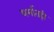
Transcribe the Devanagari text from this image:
धर्मातही